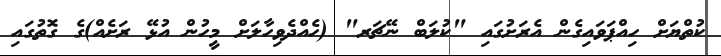
ކުތްޔަށް ހިއްޕަވައިގެން އެރަށުގައި "ކުލަބް ނޭޗަރ" (ހެއްދެވިހާލަށް މީހުން އުޅޭ ރަށެއް)ގެ ގޮތުގައި